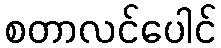
စတာလင်ပေါင်